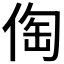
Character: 𠊐